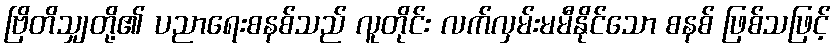
ဗြိတိသျှတို့၏ ပညာရေးစနစ်သည် လူတိုင်း လက်လှမ်းမမီနိုင်သော စနစ် ဖြစ်သဖြင့်